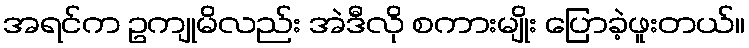
အရင်က ဥကျုမိလည်း အဲဒီလို စကားမျိုး ပြောခဲ့ဖူးတယ်။